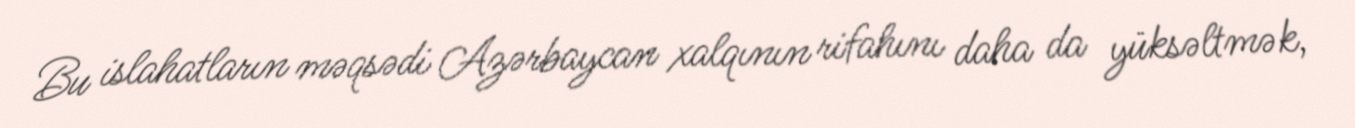
Bu islahatların məqsədi Azərbaycan xalqının rifahını daha da yüksəltmək,